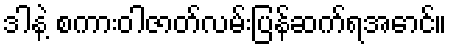
ဒါနဲ့ စကားဝါဇာတ်လမ်းပြန်ဆက်ရအောင်။